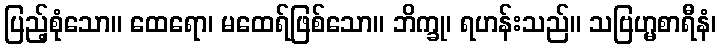
ပြည့်စုံသော။ ထေရော၊ မထေရ်ဖြစ်သော။ ဘိက္ခု၊ ရဟန်းသည်။ သဗြဟ္မစာရီနံ၊